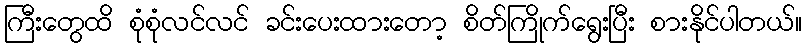
ကြီးတွေထိ စုံစုံလင်လင် ခင်းပေးထားတော့ စိတ်ကြိုက်ရွေးပြီး စားနိုင်ပါတယ်။